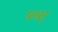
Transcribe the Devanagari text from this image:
पथर्